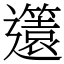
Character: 𨘻